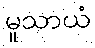
မူသာယံ